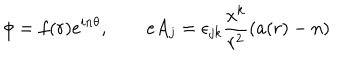
\phi = f ( r ) e ^ { i n \theta } , \qquad e A _ { j } = \epsilon _ { j k } \frac { x ^ { k } } { r ^ { 2 } } ( a ( r ) - n )